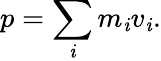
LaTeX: p=\sum_{\mathit{i}}m_{\mathit{i}}v_{\mathit{i}}.